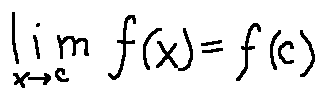
\lim \limits _ { x \rightarrow c } f ( x ) = f ( c )